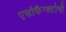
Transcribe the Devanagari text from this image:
एसोफैग्क्टोमी